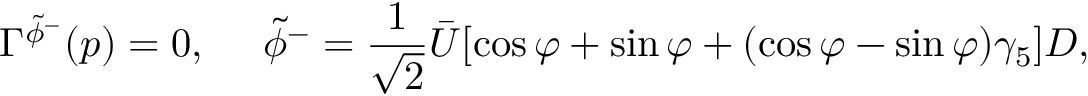
\Gamma ^ { \tilde { \phi } ^ { - } } ( p ) = 0 , \ \ \ \ \tilde { \phi } ^ { - } = \frac { 1 } { \sqrt { 2 } } \bar { U } [ \cos \varphi + \sin \varphi + ( \cos \varphi - \sin \varphi ) \gamma _ { 5 } ] D ,